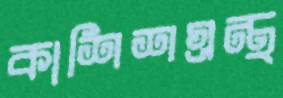
কাশিশগ্রন্থ